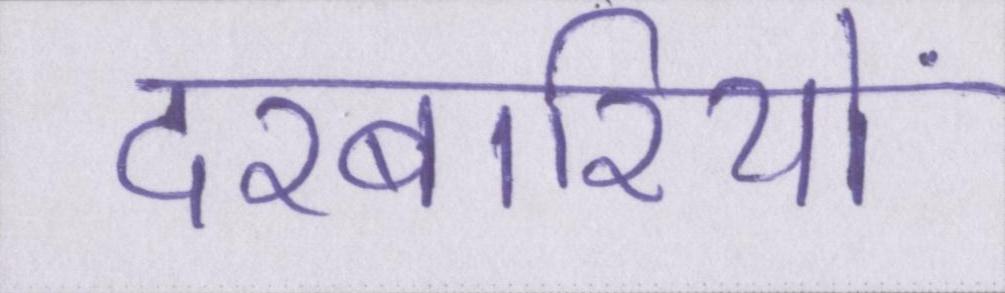
दरबारियों